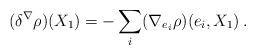
LaTeX: \begin{align*}(\delta ^\nabla \rho )(X_1)=-\sum_i(\nabla_{e_i}\rho )(e_i,X_1)\, . \end{align*}